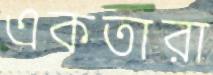
একতারা